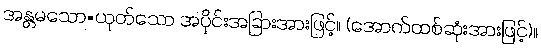
အန္တမသော=ယုတ်သော အပိုင်းအခြားအားဖြင့်။ (အောက်ထစ်ဆုံးအားဖြင့်)။